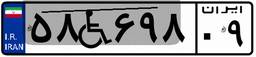
۲۶W۰۳۶۸۴